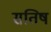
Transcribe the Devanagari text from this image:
सतिष